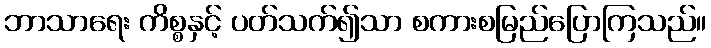
ဘာသာရေး ကိစ္စနှင့် ပတ်သက်၍သာ စကားစမြည်ပြောကြသည်။